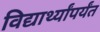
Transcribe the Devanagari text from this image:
विद्यार्थ्यांपर्यंत